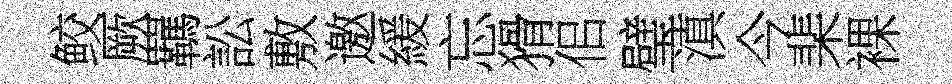
鲛厥羈訟敷邀緩忘猾佀璧滇今棐裸